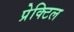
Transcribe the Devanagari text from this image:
प्रेक्टिल